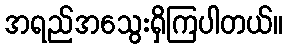
အရည်အသွေးရှိကြပါတယ်။